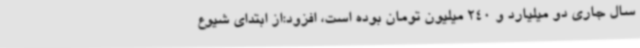
سال جاری دو میلیارد و 240 میلیون تومان بوده است، افزود:از ابتدای شیوع